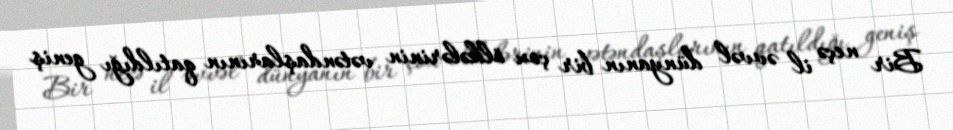
Bir neçə il əvvəl dünyanın bir çox ölkələrinin vətəndaşlarının qatıldığı geniş